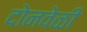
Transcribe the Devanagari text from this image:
दोनवेळी